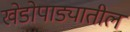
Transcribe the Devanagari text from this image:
खेडोपाड्यातील